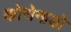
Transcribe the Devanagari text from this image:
कोरोनाडो